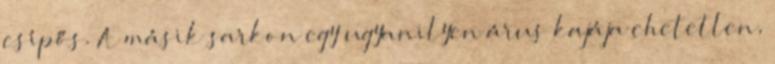
csípős. A másik sarkon egy ugyanilyen árus kajája ehetetlen,